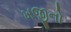
ખજીનો